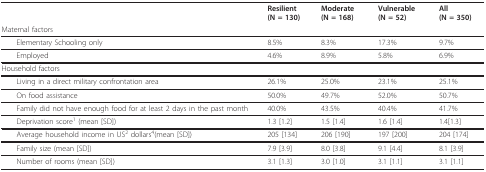
<table><thead><tr><td></td><td><b>Resilient (N = 130)</b></td><td><b>Moderate (N = 168)</b></td><td><b>Vulnerable (N = 52)</b></td><td><b>All (N = 350)</b></td></tr><tr><td><b>Maternal factors</b></td><td></td><td></td><td></td><td></td></tr></thead><tbody><tr><td> Elementary Schooling only</td><td>8.5%</td><td>8.3%</td><td>17.3%</td><td>9.7%</td></tr><tr><td> Employed</td><td>4.6%</td><td>8.9%</td><td>5.8%</td><td>6.9%</td></tr><tr><td>Household factors</td><td></td><td></td><td></td><td></td></tr><tr><td> Living in a direct military confrontation area</td><td>26.1%</td><td>25.0%</td><td>23.1%</td><td>25.1%</td></tr><tr><td> On food assistance</td><td>50.0%</td><td>49.7%</td><td>52.0%</td><td>50.7%</td></tr><tr><td> Family did not have enough food for at least 2 days in the past month</td><td>40.0%</td><td>43.5%</td><td>40.4%</td><td>41.7%</td></tr><tr><td> Deprivation score<sup>1 </sup>(mean [SD])</td><td>1.3 [1.2]</td><td>1.5 [1.4]</td><td>1.6 [1.4]</td><td>1.4[1.3]</td></tr><tr><td> Average household income in US<sup>2 </sup>dollars<sup>4</sup>(mean [SD])</td><td>205 [134]</td><td>206 [190]</td><td>197 [200]</td><td>204 [174]</td></tr><tr><td> Family size (mean [SD])</td><td>7.9 [3.9]</td><td>8.0 [3.8]</td><td>9.1 [4.4]</td><td>8.1 [3.9]</td></tr><tr><td> Number of rooms (mean [SD])</td><td>3.1 [1.3]</td><td>3.0 [1.0]</td><td>3.1 [1.1]</td><td>3.1 [1.1]</td></tr></tbody></table>